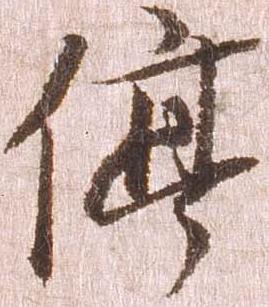
停